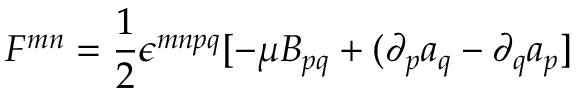
F ^ { m n } = \frac { 1 } { 2 } \epsilon ^ { m n p q } [ - \mu B _ { p q } + ( \partial _ { p } a _ { q } - \partial _ { q } a _ { p } ]